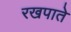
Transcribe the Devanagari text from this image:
रखपाते